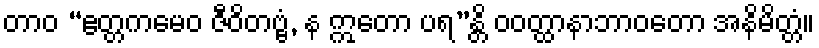
တာဝ “ဧတ္တကမေဝ ဇီဝိတဗ္ဗံ, န ဣတော ပရ”န္တိ ဝဝတ္ထာနာဘာဝတော အနိမိတ္တံ။